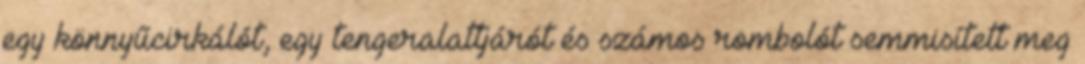
egy könnyűcirkálót, egy tengeralattjárót és számos rombolót semmisített meg